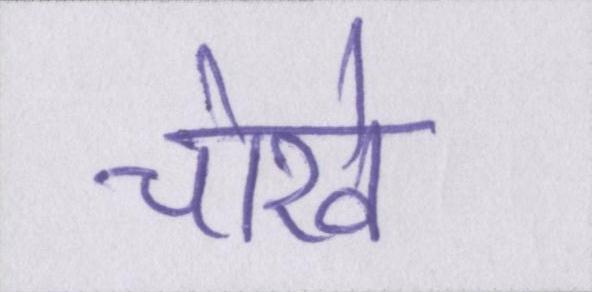
चोखे